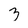
Character: 3